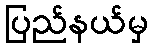
ပြည်နယ်မှ